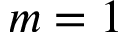
m = 1